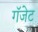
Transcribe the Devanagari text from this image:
गॅजेट